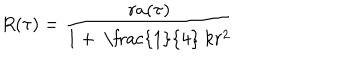
LaTeX: R ( \tau ) = \frac { r a ( \tau ) } { 1 + \mathrm { ~ \frac { 1 } { 4 } ~ } k r ^ { 2 } }